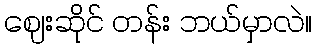
ဈေးဆိုင် တန်း ဘယ်မှာလဲ။